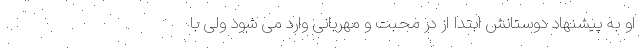
او به پیشنهاد دوستانش ابتدا از در محبت و مهربانی وارد می شود ولی با